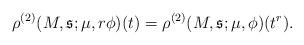
LaTeX: \begin{align*}\rho^{(2)}(M,\mathfrak{s};\mu,r\phi)(t) = \rho^{(2)}(M,\mathfrak{s};\mu,\phi)(t^r).\end{align*}